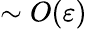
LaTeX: \sim O(\varepsilon)